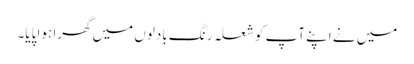
میں نے اپنے آپ کو شعلہ رنگ بادلوں میں گھرا ہوا پایا۔